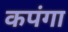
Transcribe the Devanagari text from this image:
कपंगा